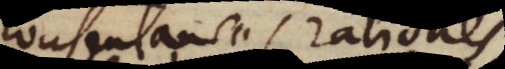
consentaneas rationes,